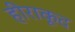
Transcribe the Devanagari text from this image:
हीराकूद